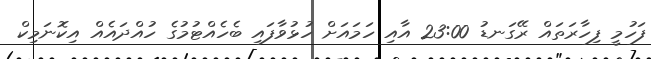
ފަހުމީ ފިހާރަތައް ރޭގަނޑު 23:00 އާއި ހަމައަށް ހުޅުވާފައި ބެހެއްޓުމުގެ ހުއްދައެއް އިކޮނަމިކް